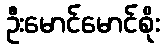
ဦးမောင်မောင်စိုး